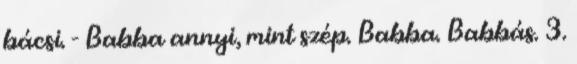
bácsi. - Babba annyi, mint szép. Babba. Babbás. 3.